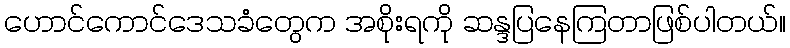
ဟောင်ကောင်ဒေသခံတွေက အစိုးရကို ဆန္ဒပြနေကြတာဖြစ်ပါတယ်။